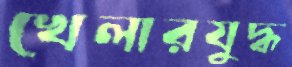
খেলারযুদ্ধ